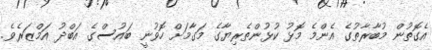
އެގޮތުން މުބާރާތުގެ އެންމެ މޮޅު ކުޅުންތެރިޔާގެ މަގާމަށް ހޮވުނީ ބައުސްގެ އަބްދު އަމްޒަރެވެ.